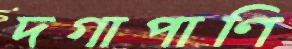
দগাপাণি